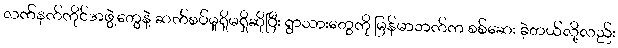
လက်နက်ကိုင်အဖွဲ့တွေနဲ့ ဆက်စပ်မှုရှိမရှိဆိုပြီး ရွာသားတွေကို မြန်မာဘက်က စစ်ဆေး ခဲ့တယ်လို့လည်း